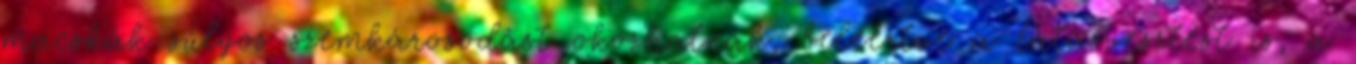
macskák súlyos szemkárosodást okozhatnak, beleértve a látásvesztést is, a